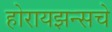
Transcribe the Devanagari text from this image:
होरायझन्सचे